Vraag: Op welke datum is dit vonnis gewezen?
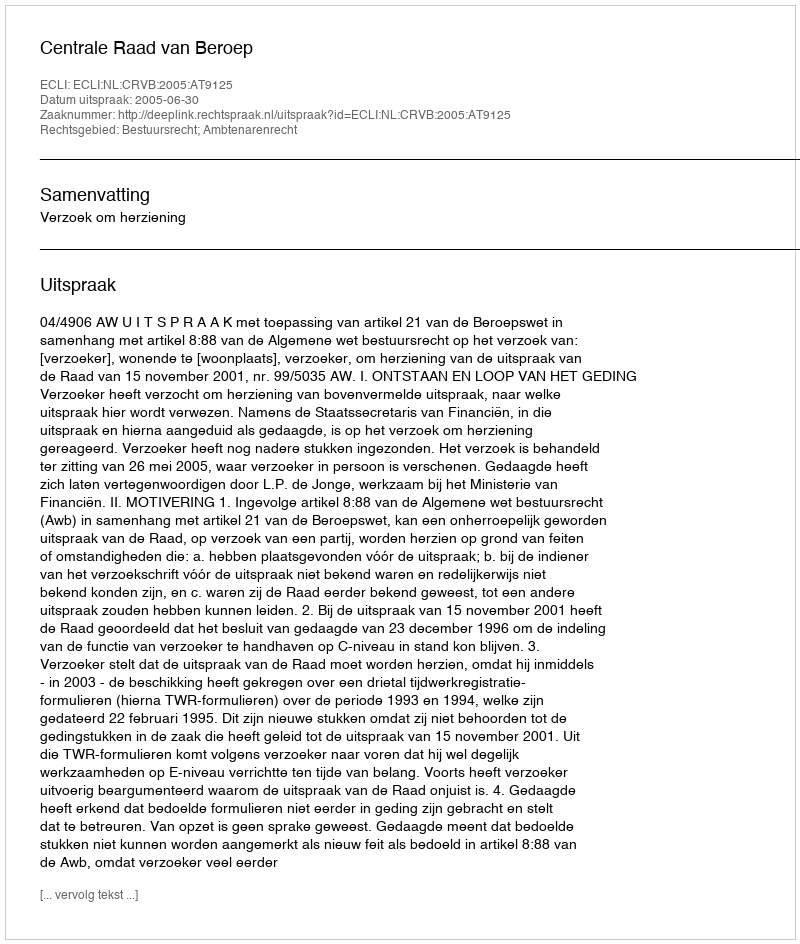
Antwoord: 2005-06-30